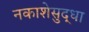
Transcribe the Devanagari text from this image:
नकाशेसुद्धा